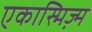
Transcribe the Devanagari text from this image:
एकास्मिज्म़